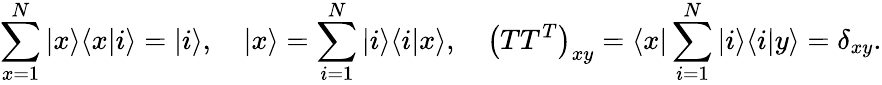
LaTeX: \sum_{x=1}^{N}|x\rangle\langle x|i\rangle=|i\rangle,\quad|x\rangle=\sum_{i=1}^{N}|i\rangle\langle i|x\rangle,\quad\left(TT^{T}\right)_{xy}=\langle x|\sum_{i=1}^{N}|i\rangle\langle i|y\rangle=\delta_{xy}.